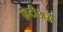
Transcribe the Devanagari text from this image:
फ्रंटीअर्स